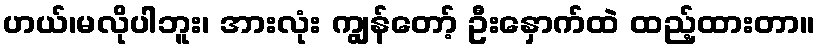
ဟယ်၊မလိုပါဘူး၊ အားလုံး ကျွန်တော့် ဦးနှောက်ထဲ ထည့်ထားတာ။